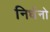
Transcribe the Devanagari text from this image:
निर्धनो